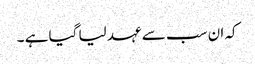
کہ ان سب سے عہد لیا گیا ہے ۔